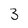
Character: 3